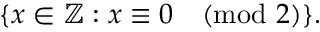
\{ x \in \mathbb { Z } : x \equiv 0 { \pmod { 2 } } \} .